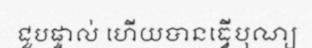
ជួបផ្ទាល់ ហើយបានធ្វើបុណ្យ